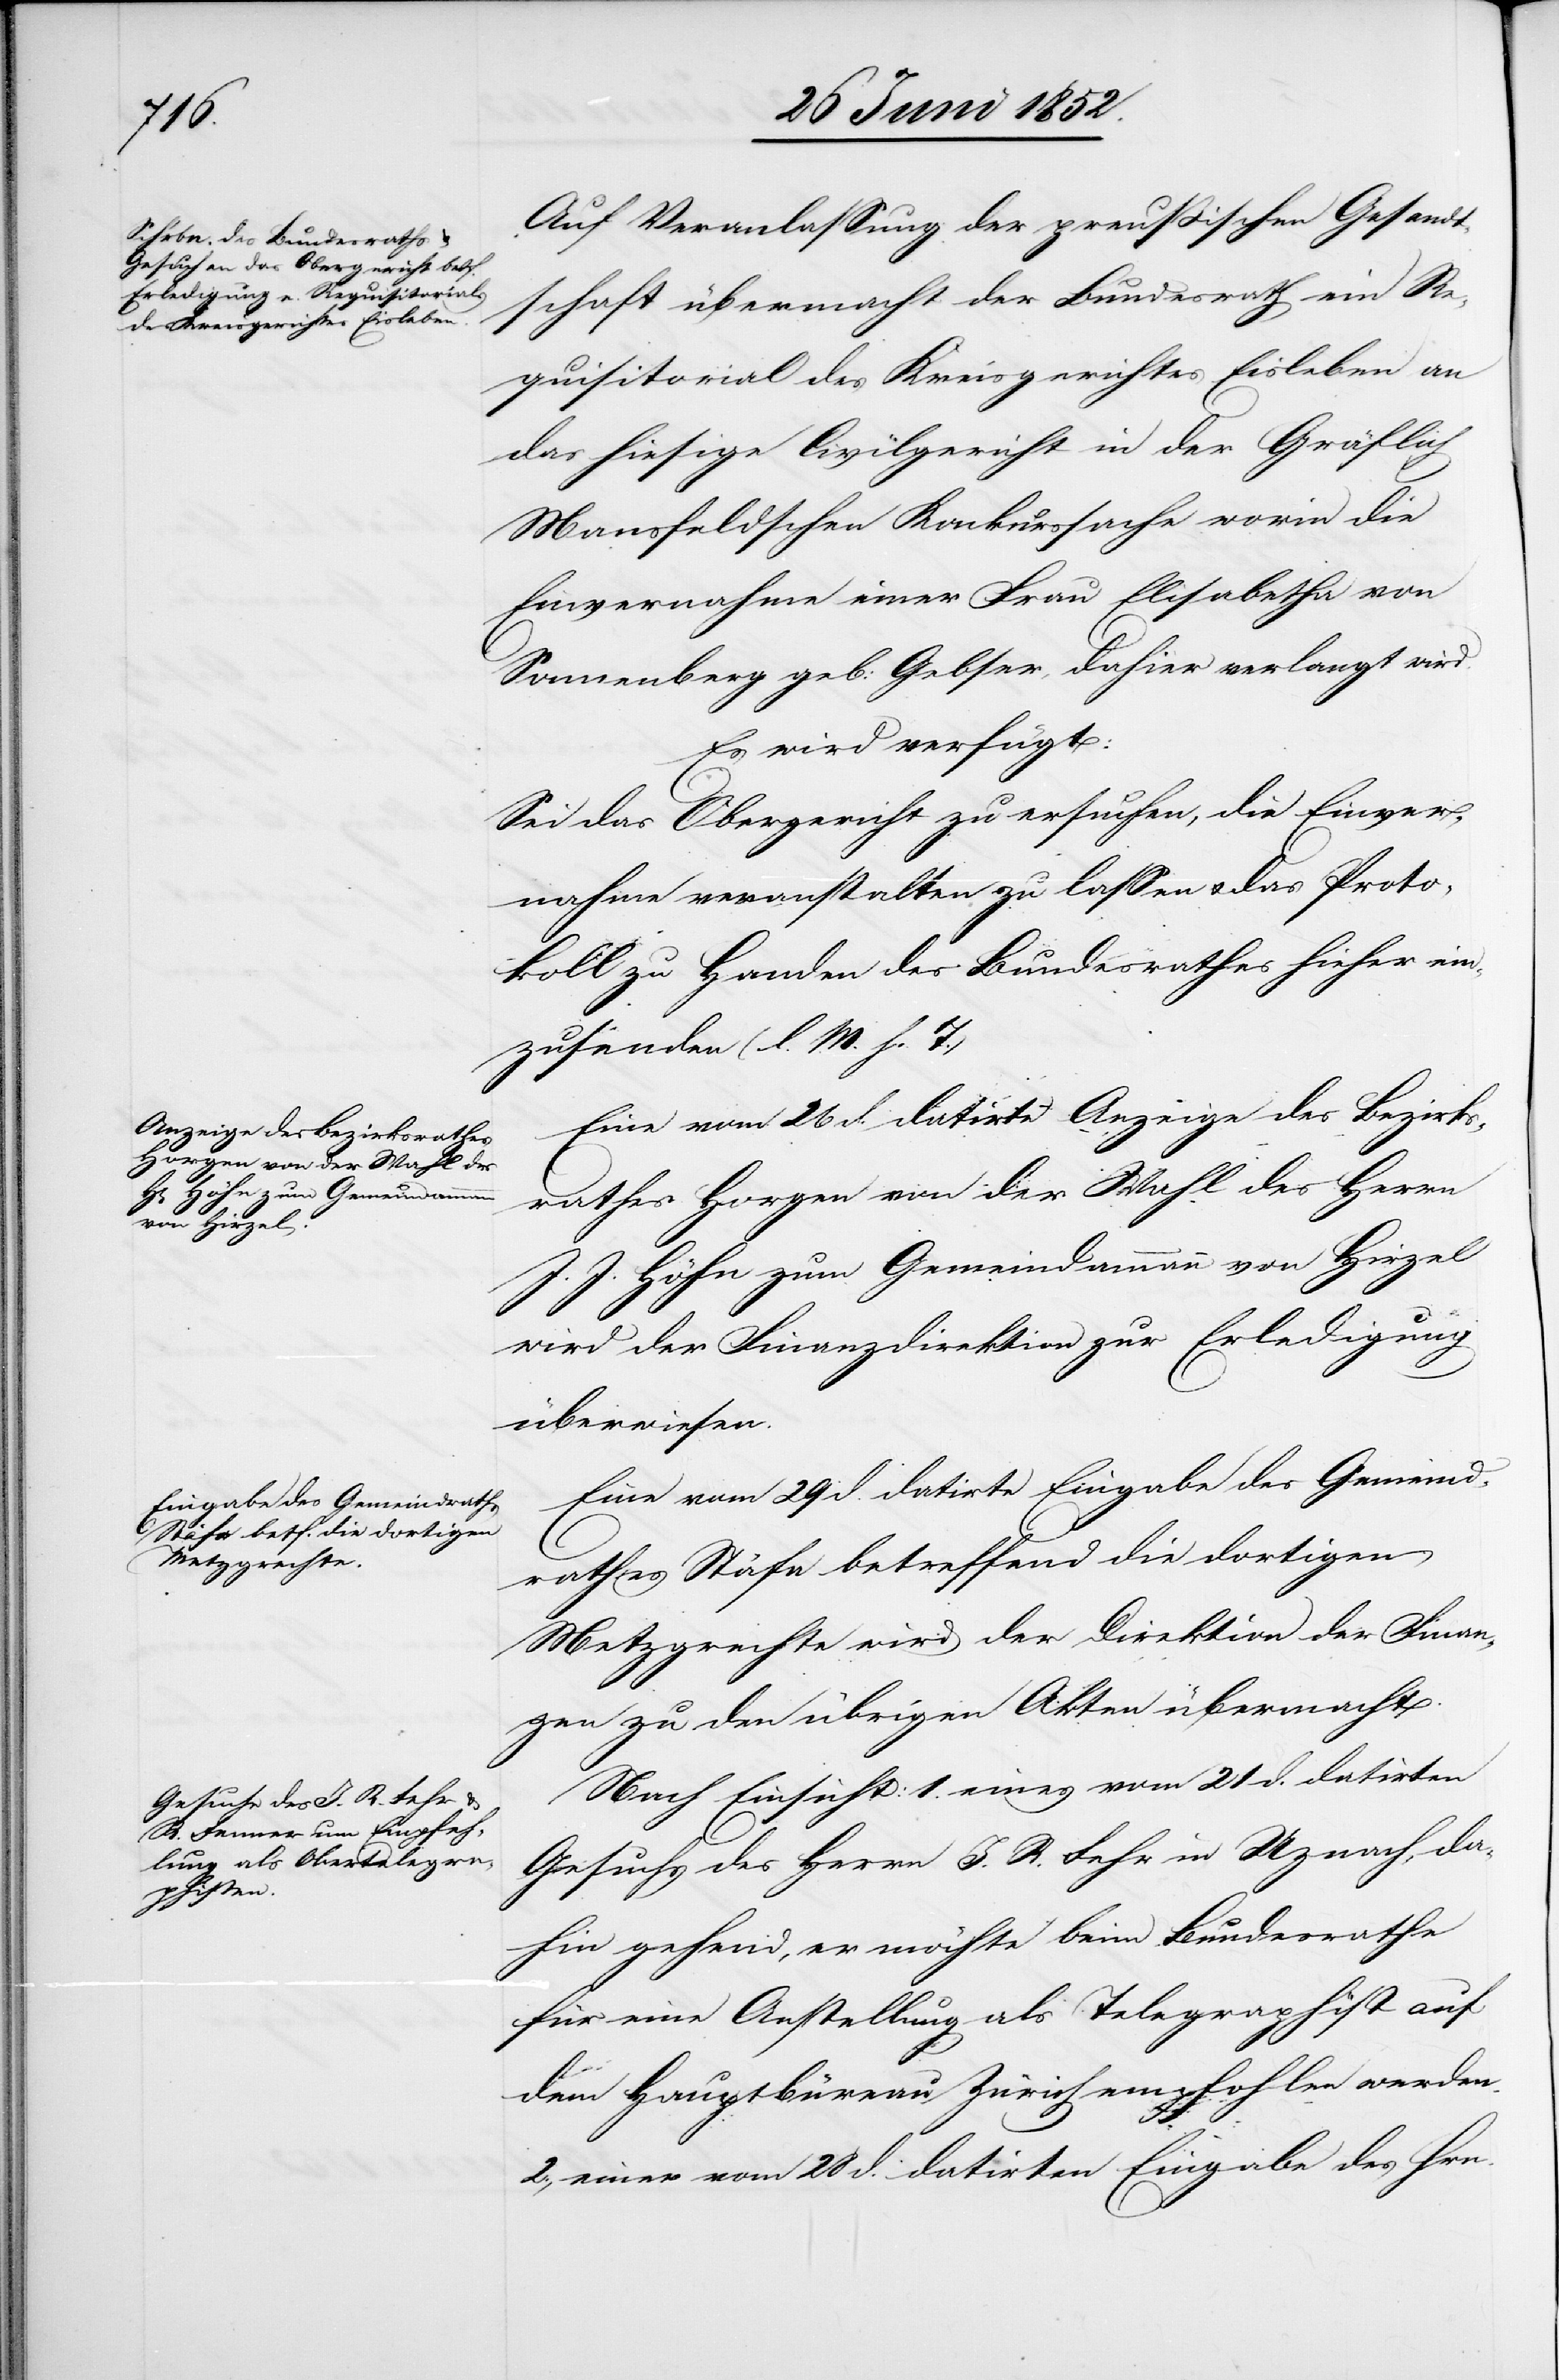
den

30 Juni 1852.]
Auf Veranlassung der preussischen Gesandt¬
schaft übermacht der Bundesrath ein Re¬
quisitorial des Kreisgerichtes Eisleben an
das hiesige Civilgericht in der Gräflich
Mansfeldschen Konkurssache worin die
Einvernahme einer Frau Elisabetha von
Sonnenberg geb: Gebser, dahier verlangt wird.
Es wird verfügt:
Sei das Obergericht zu ersuchen, die Einver¬
nahme veranstalten zu lassen & das Proto¬
koll zu Handen des Bundesrathes hieher ein¬
zusenden (l. M. h. T.)
Eine vom 26 d. datirte Anzeige des Bezirks¬
rathes Horgen von der Wahl des Herrn
J. Höhn zum Gemeindammann von Hirzel
wird der Finanzdirektion zur Erledigung
überwiesen.
Eine vom 29 d. datirte Eingabe des Gemeind¬
rathes Stäfa betreffend die dortigen
Metzgrechte wird der Direktion der Finan¬
zen zu den übrigen Akten übermacht.
Nach Einsicht: 1. eines vom 21 d. datirten
Gesuchs des Herrn J. R. Fehr in Uznach, da¬
hin gehend, er möchte beim Bundesrathe
für eine Anstellung als Telegraphist auf
dem Hauptbüreau Zürich empfohlen werden.
2., einer vom 28 d. datirten Eingabe des Hrn.